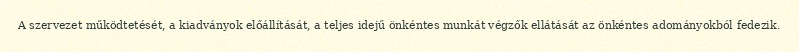
A szervezet működtetését, a kiadványok előállítását, a teljes idejű önkéntes munkát végzők ellátását az önkéntes adományokból fedezik.